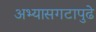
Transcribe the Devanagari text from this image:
अभ्यासगटापुढे